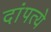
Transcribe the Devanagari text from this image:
दांपत्ये